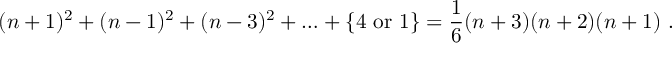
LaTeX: ( n + 1 ) ^ { 2 } + ( n - 1 ) ^ { 2 } + ( n - 3 ) ^ { 2 } + \ldots + \{ 4 \ \mathrm { o r } \ 1 \} = \frac { 1 } { 6 } ( n + 3 ) ( n + 2 ) ( n + 1 ) \ .